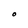
Character: O